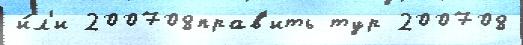
и́л'и 200708прав'ить тур 200708